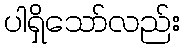
ပါရှိသော်လည်း